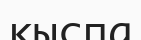
қыспа